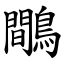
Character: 鷼